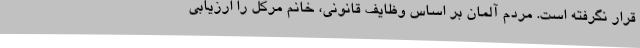
قرار نگرفته است. مردم آلمان بر اساس وظایف قانونی، خانم مرکل را ارزیابی